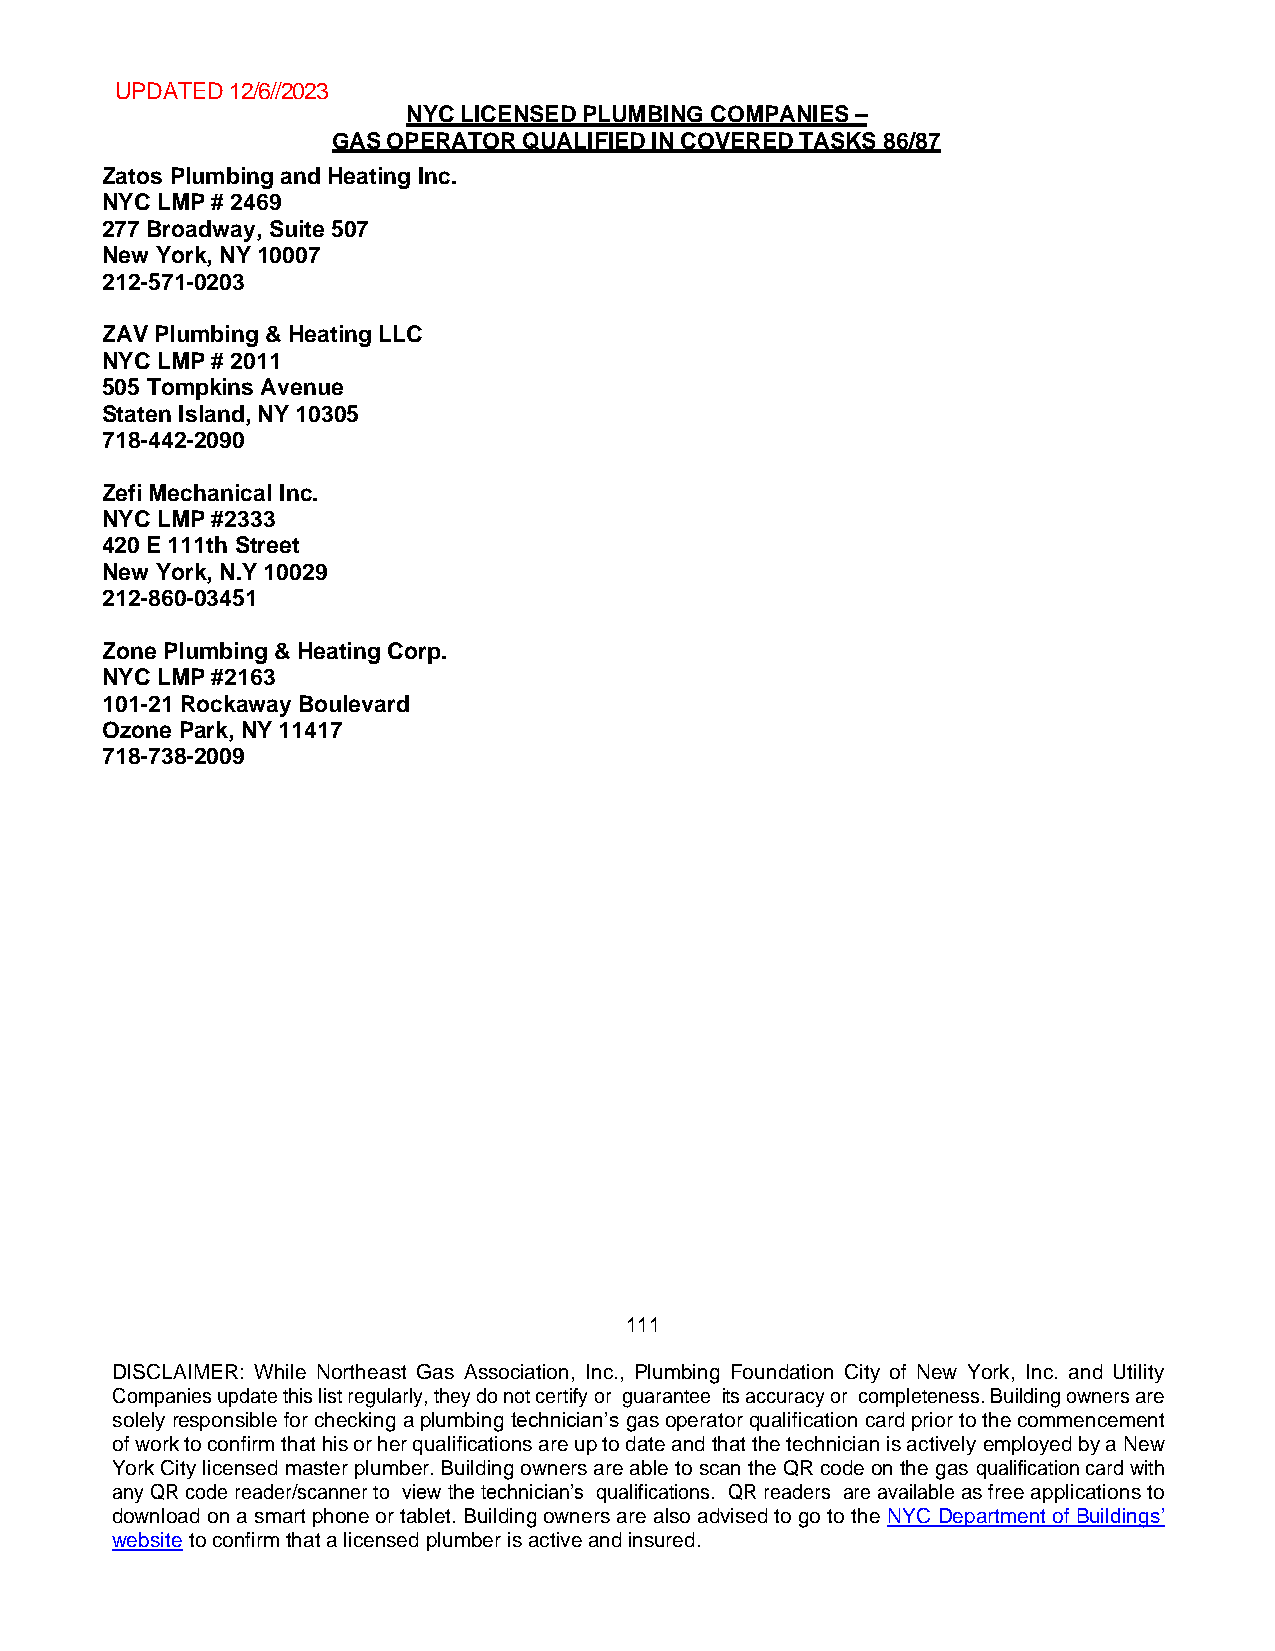
UPDATED 12/6//2023
 NYC LICENSED PLUMBING COMPANIES –
 GAS OPERATOR QUALIFIED IN COVERED TASKS 86/87
 Zatos Plumbing and Heating Inc.
 NYC LMP # 2469
 277 Broadway, Suite 507
 New York, NY 10007
 212-571-0203
 ZAV Plumbing & Heating LLC
 NYC LMP # 2011
 505 Tompkins Avenue
 Staten Island, NY 10305
 718-442-2090
 Zefi Mechanical Inc.
 NYC LMP #2333
 420 E 111th Street
 New York, N.Y 10029
 212-860-03451
 Zone Plumbing & Heating Corp.
 NYC LMP #2163
 101-21 Rockaway Boulevard
 Ozone Park, NY 11417
 718-738-2009
 111
 DISCLAIMER: While Northeast Gas Association, Inc., Plumbing Foundation City of New York, Inc. and Utility
 Companies update this list regularly, they do not certify or guarantee its accuracy or completeness. Building owners are
 solely responsible for checking a plumbing technician’s gas operator qualification card prior to the commencement
 of work to confirm that his or her qualifications are up to date and that the technician is actively employed by a New
 York City licensed master plumber. Building owners are able to scan the QR code on the gas qualification card with
 any QR code reader/scanner to view the technician’s qualifications. QR readers are available as free applications to
 download on a smart phone or tablet. Building owners are also advised to go to the NYC Department of Buildings’
 website to confirm that a licensed plumber is active and insured.